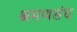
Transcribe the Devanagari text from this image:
श्रमणसंघ